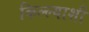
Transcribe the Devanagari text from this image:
किल्ल्याशी